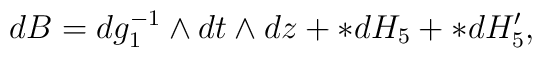
dB = dg_1^{-1}\wedge dt \wedge dz + *dH_5 + *dH'_5,